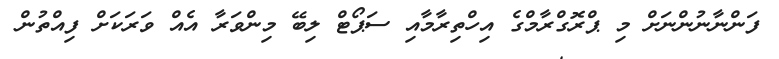
ފަންނާނުންނަށް މި ޕްރޮގްރާމްގެ އިހްތިރާމާއި ސަޕޯޓް ލިބޭ މިންވަރާ އެއް ވަރަކަށް ފިއްތުން